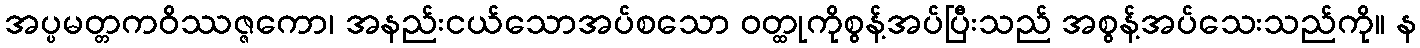
အပ္ပမတ္တကဝိဿဇ္ဇကော၊ အနည်းငယ်သောအပ်စသော ဝတ္ထုကိုစွန့်အပ်ပြီးသည် အစွန့်အပ်သေးသည်ကို။ န